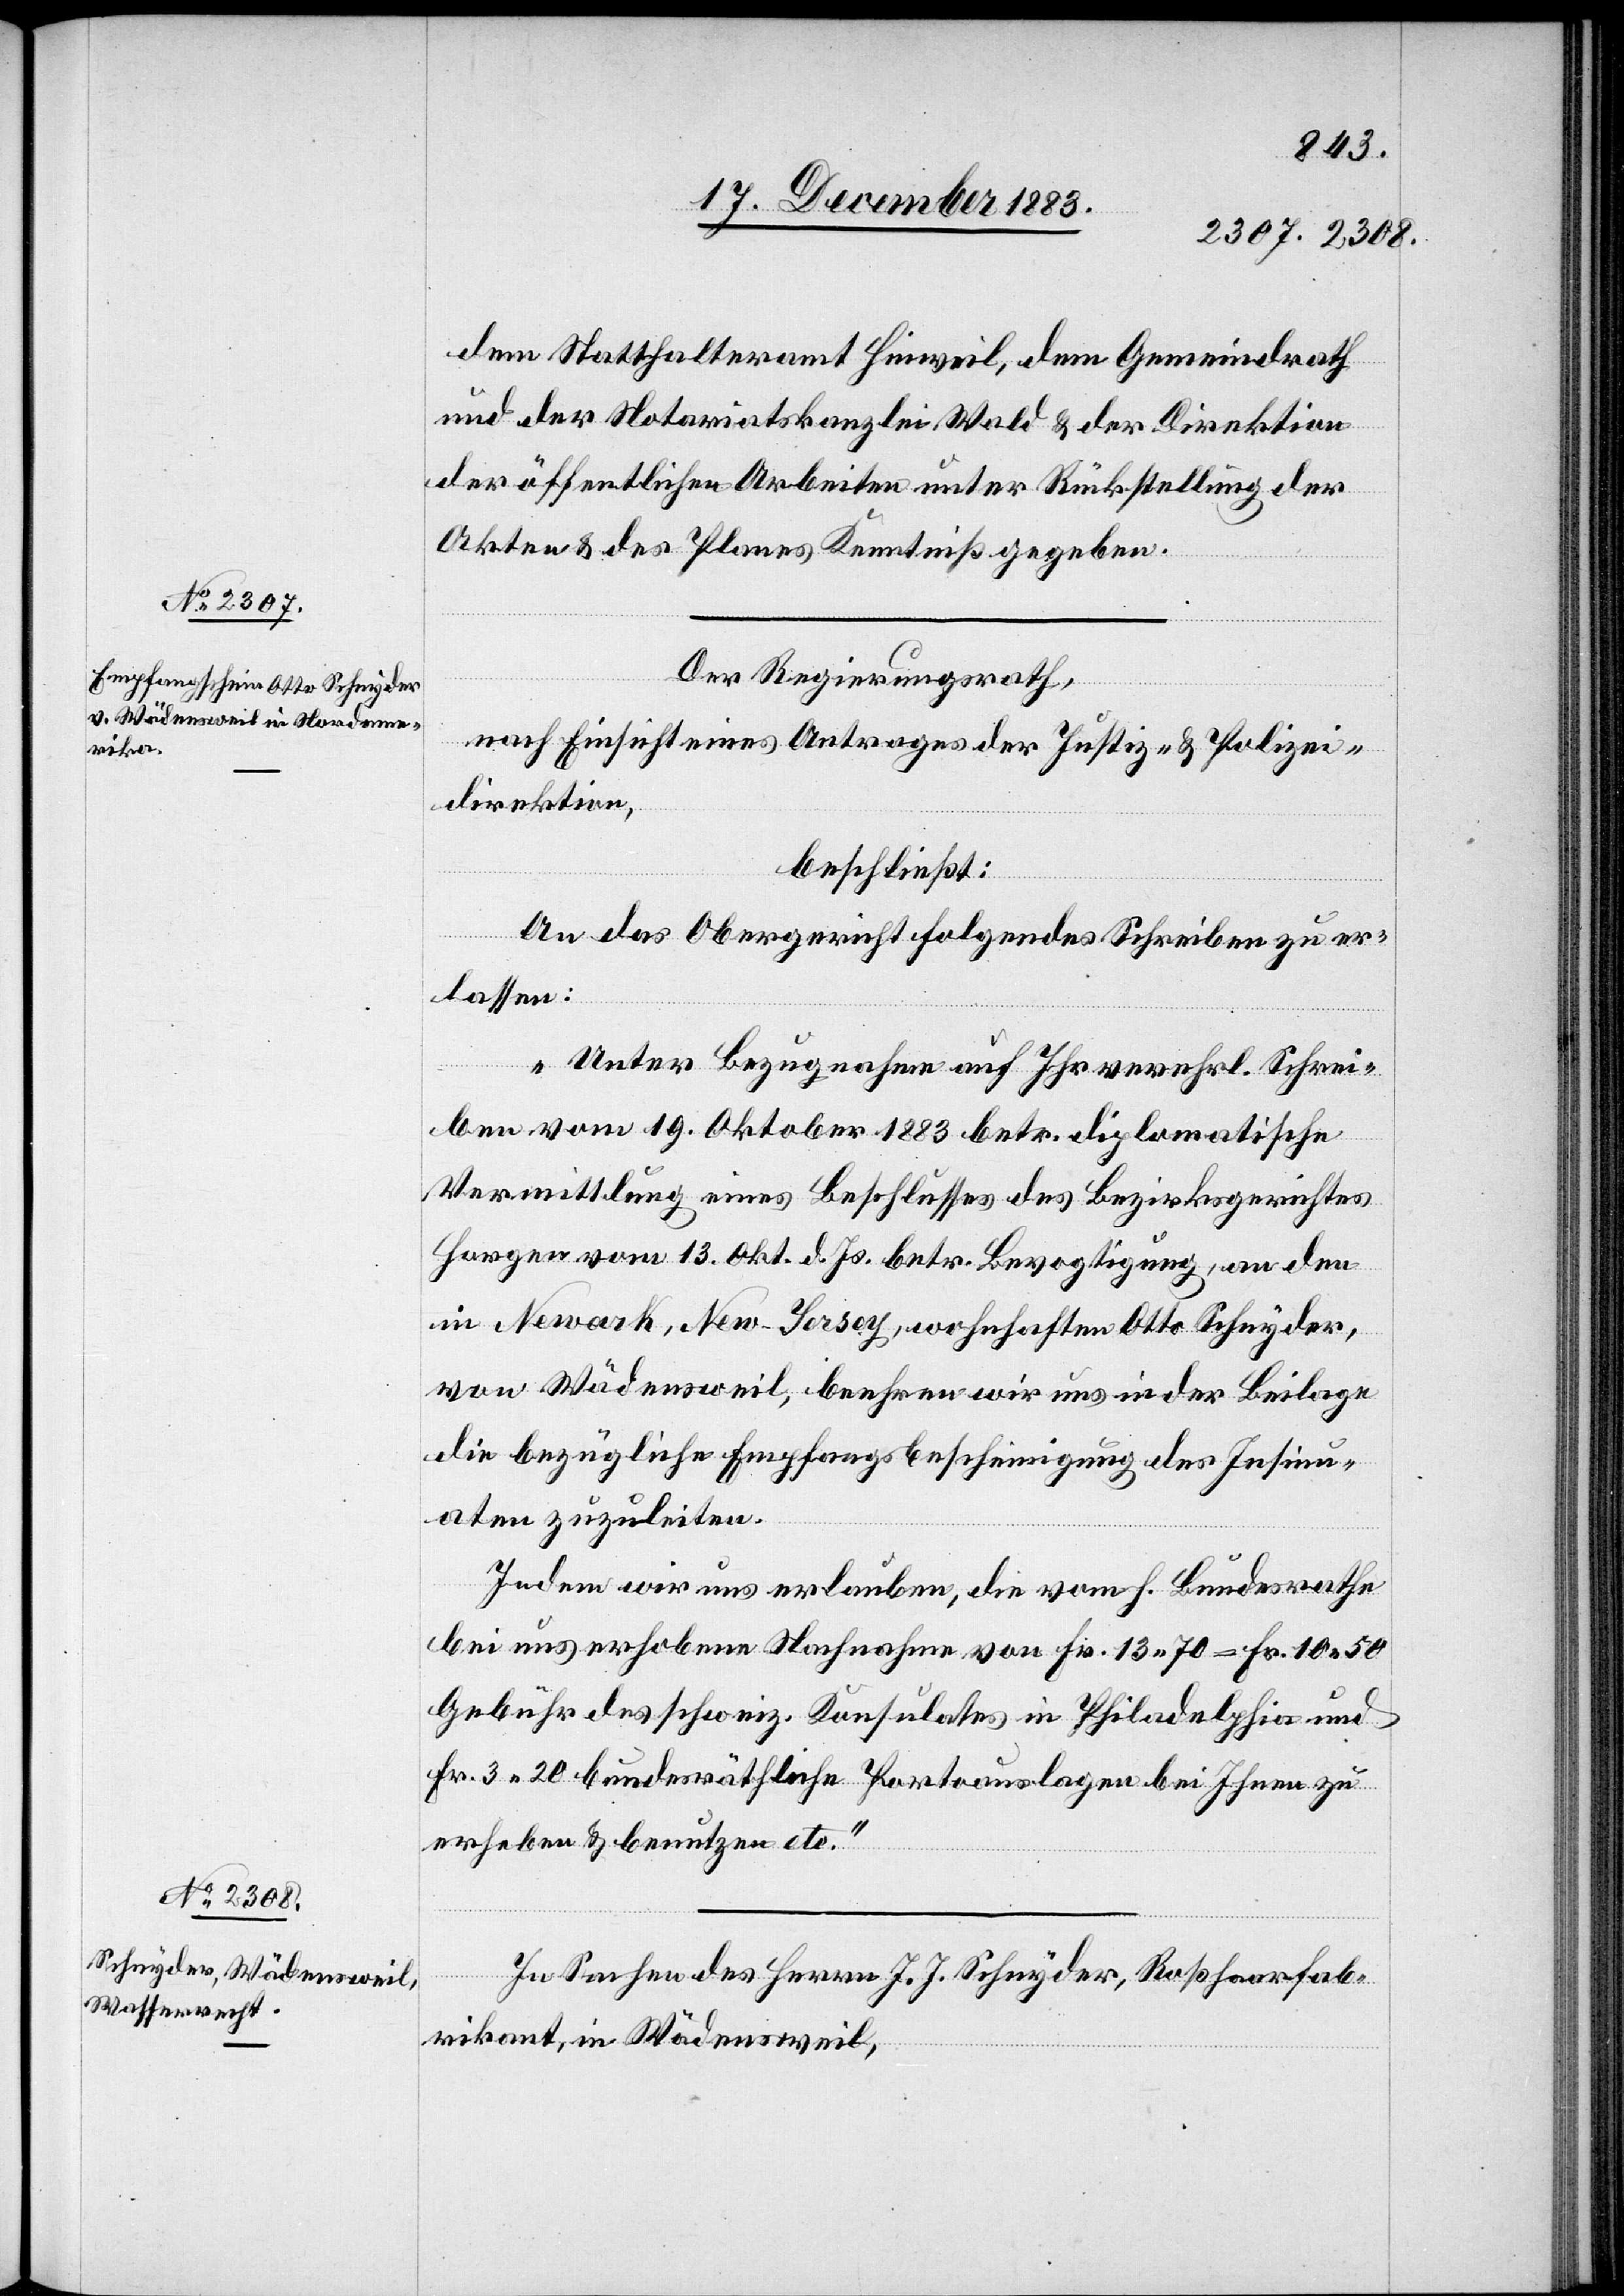
dem Statthalteramt Hinweil, dem Gemeindrath
und der Notariatskanzlei Wald & der Direktion
der öffentlichen Arbeiten unter Rückstellung der
Akten & des Planes Kenntniß gegeben.
Der Regierungsrath,
nach Einsicht eines Antrages der Justiz- & Polizei¬
direktion,
beschließt:
An das Obergericht folgendes Schreiben zu er¬
lassen:
„Unter Bezugnahme auf Ihr verehrl. Schrei¬
ben vom 19. Oktober 1883 betr. diplomatische
Vermittlung eines Beschlusses des Bezirksgerichtes
Horgen vom 13. Okt. d. Js. betr. Bevogtigung, an den
in Newark, New-Jersey, wohnhaften Otto Schnyder,
von Wädensweil, beehren wir uns in der Beilage
die bezügliche Empfangsbescheinigung des Insinu¬
aten zuzuleiten.
Indem wir uns erlauben, die vom h. Bundesrathe
bei uns erhobene Nachnahme von Fr. 13 70 – Fr. 10 50
Gebühr des schweiz. Konsulates in Philadelphia und
Fr. 3 20 bundesräthliche Portoauslagen bei Ihnen zu
erheben & benutzen etc.“
In Sachen des Herrn J. J. Schnyder, Roßhaarfab¬
rikant, in Wädensweil,